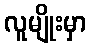
လူမျိုးမှာ